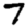
Digit: 7